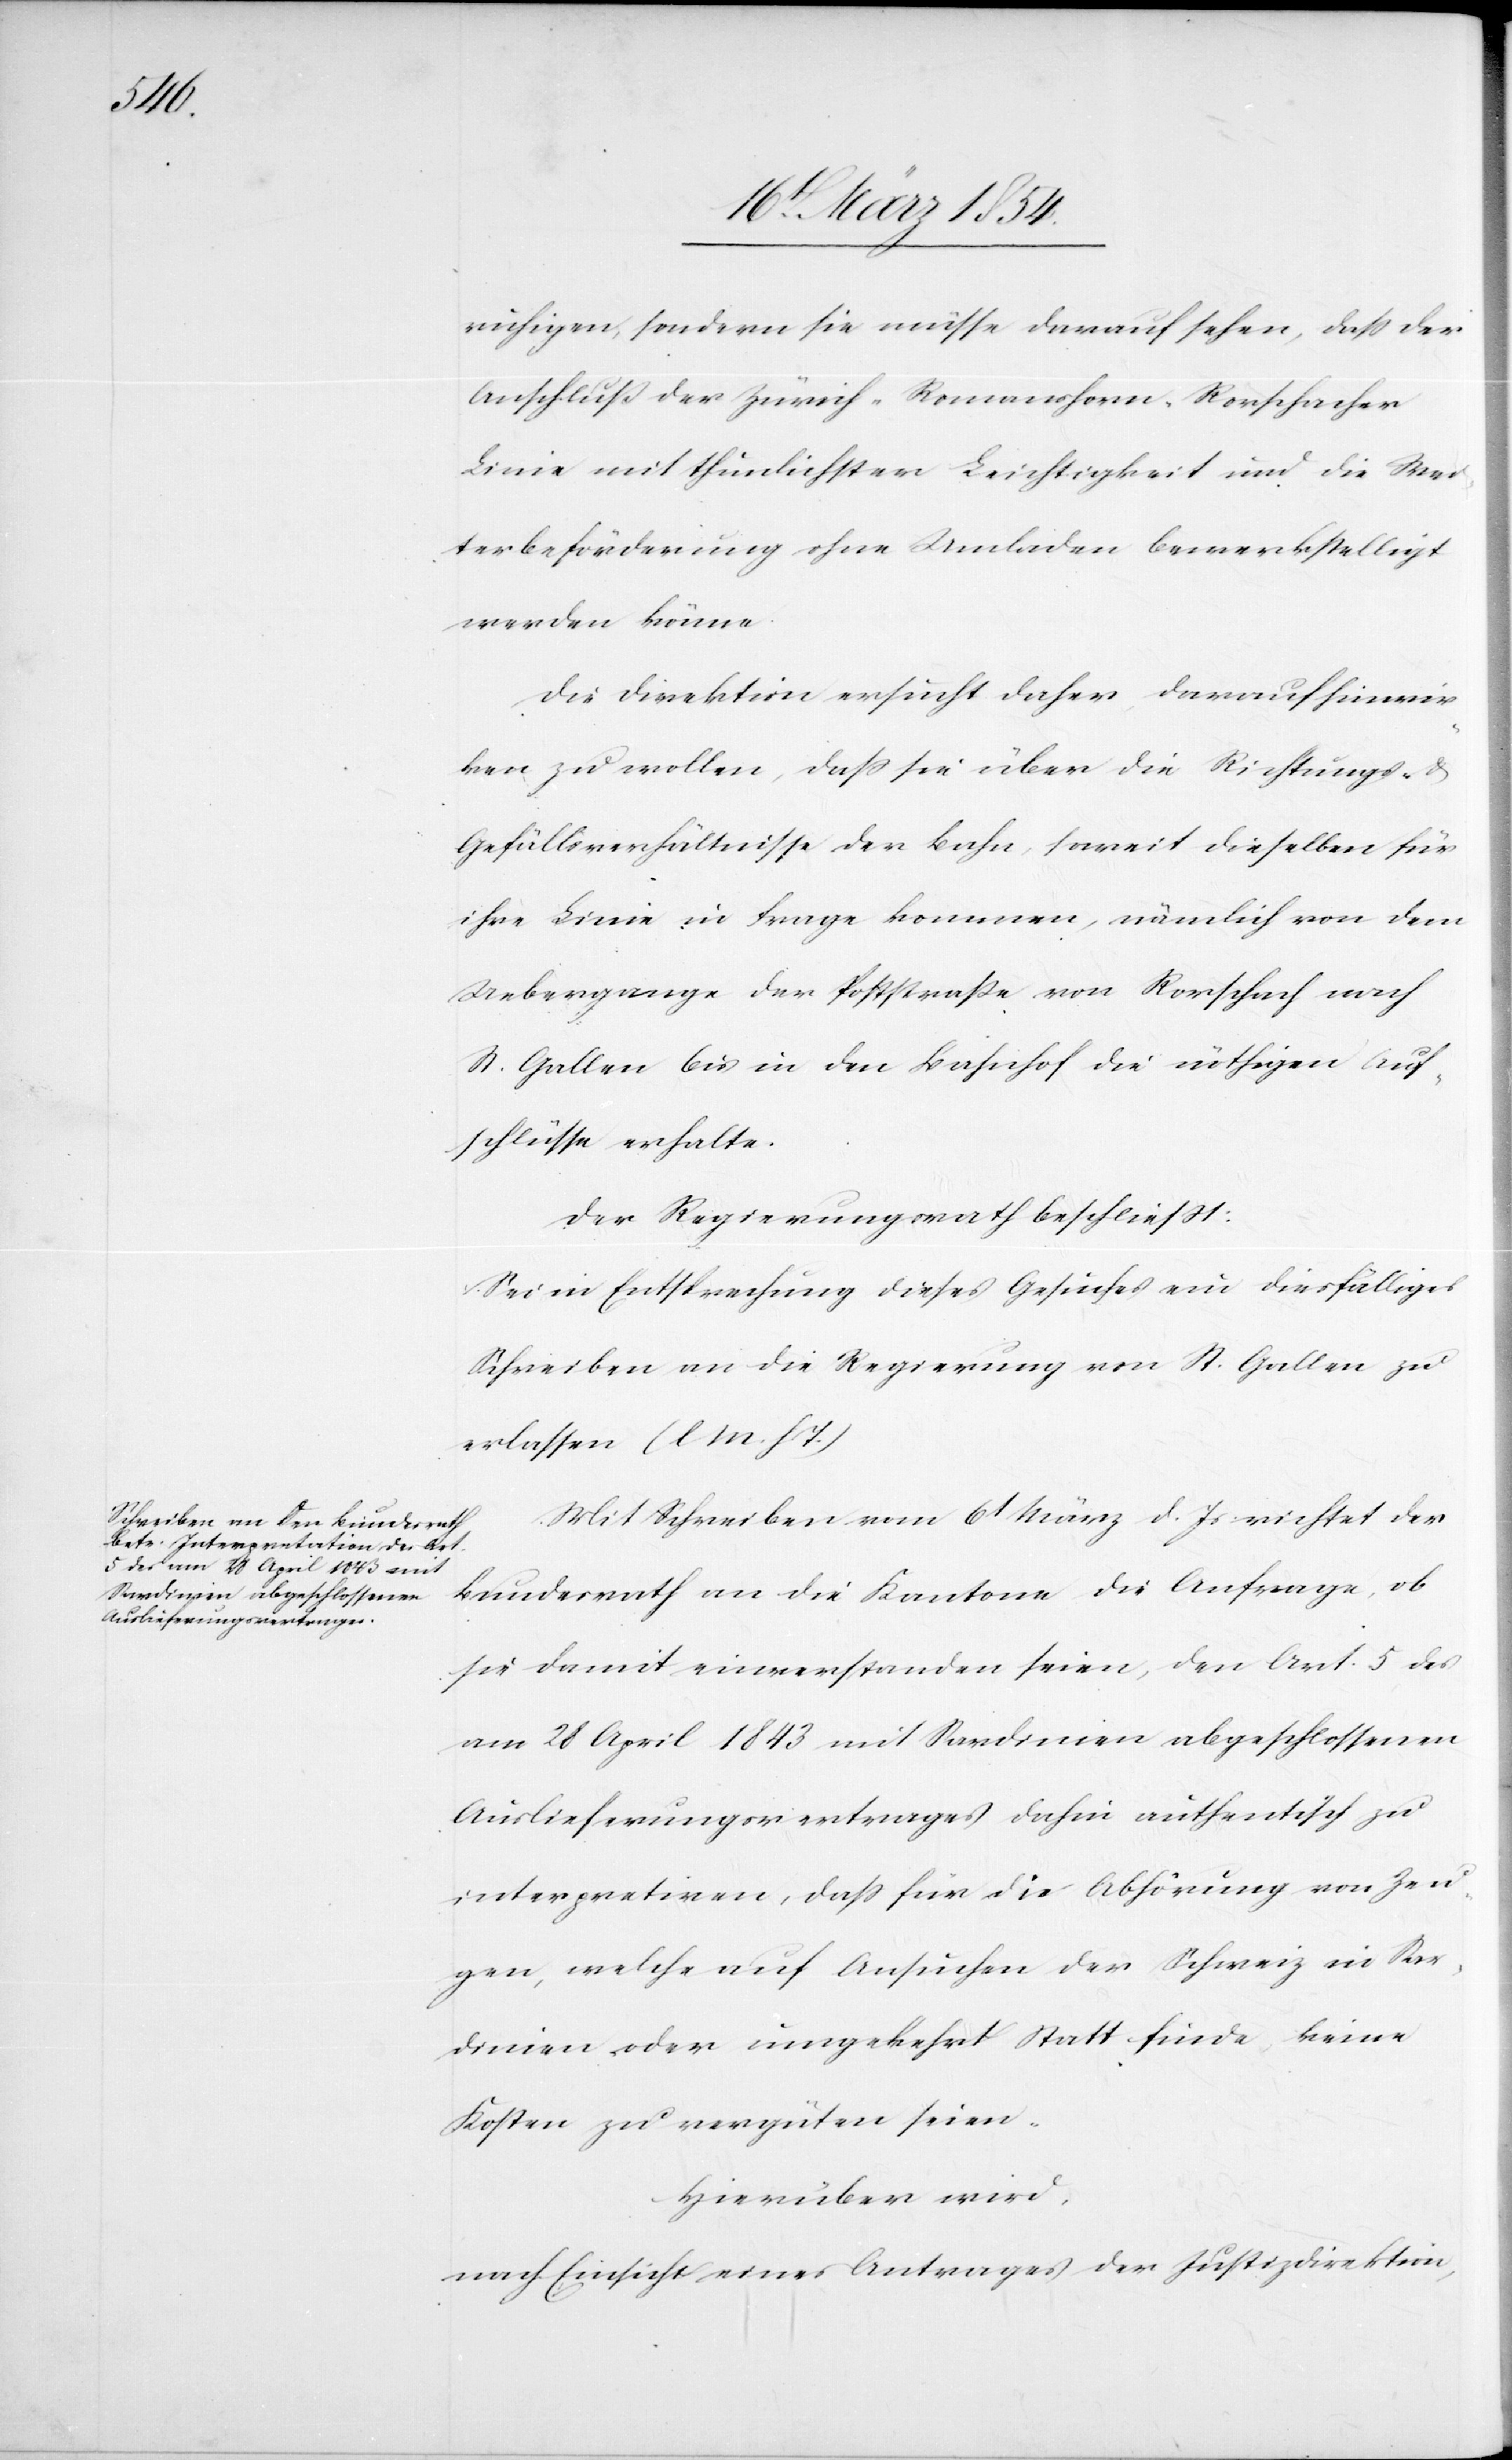
ruhigen, sondern sie müsse darauf sehen, daß der
Anschluß der Zürich-Romanshorn-Rorschacher
Linie mit thunlichster Leichtigkeit und die Wei¬
terbeförderung ohne Umladen bewerkstelligt
werden könne.
Die Direktion ersucht daher daraufhinwir¬
ken zu wollen, daß sie über die Richtungs- &
Gefällsverhältnisse der Bahn, soweit dieselben für
ihre Linie in Frage kommen, nämlich von dem
Uebergange der Poststraße von Rorschach nach
St. Gallen bis in den Bahnhof die nöthigen Auf¬
schlüsse erhalte.
Der Regierungsrath beschließt:
Sei in Entsprechung dieses Gesuches ein diesfälliges
Schreiben an die Regierung von St. Gallen zu
erlassen (l. M. h. T.)
Mit Schreiben vom 6t März d. Js. richtet der
Bundesrath an die Kantone die Anfrage, ob
sie damit einverstanden seien, den Art. 5 des
am 28 April 1843 mit Sardinien abgeschlossenen
Auslieferungsvertrages dahin authentisch zu
interpretiren, daß für die Abhörung von Zeu¬
gen, welche auf Ansuchen der Schweiz in Sar¬
dinien oder umgekehrt Statt finde, keine
Kosten zu vergüten seien.
Hierüber wird,
nach Einsicht eines Antrages der Justizdirektion,